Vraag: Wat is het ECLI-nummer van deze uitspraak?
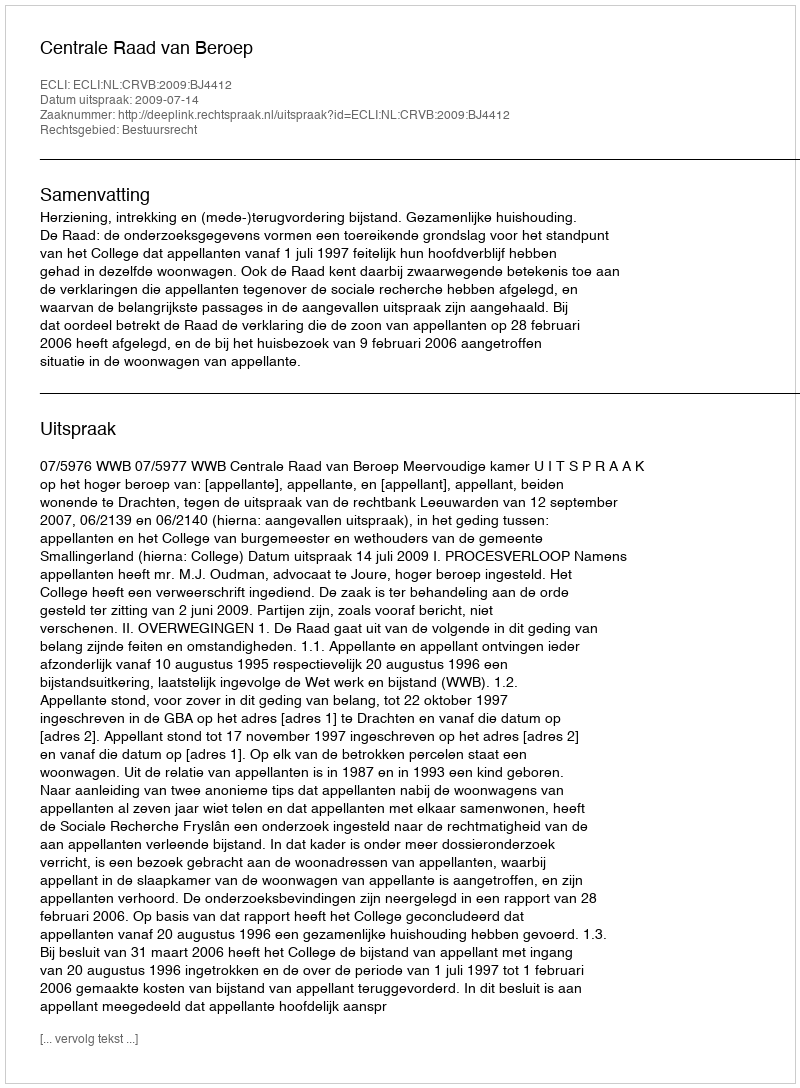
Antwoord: ECLI:NL:CRVB:2009:BJ4412